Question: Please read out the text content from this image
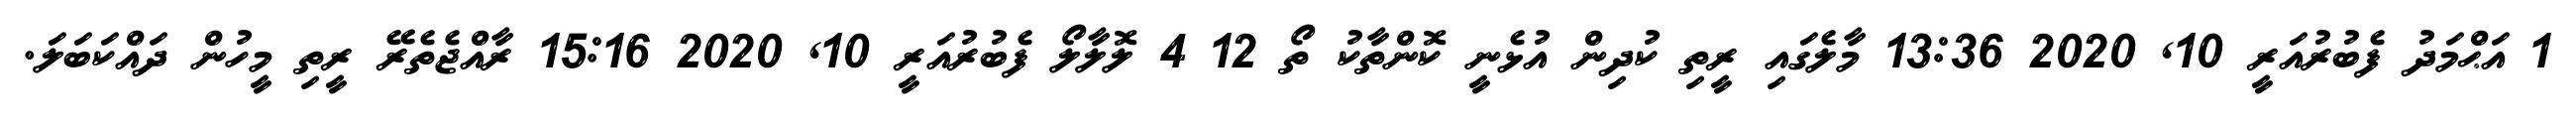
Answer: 1 އަޙްމަދު ފެބުރުއަރީ 10, 2020 13:36 މާލެގައި ރީތި ކުދިން އުޅެނީ ކޮންތާކު ތޯ 12 4 ލޮލާލޯ ފެބުރުއަރީ 10, 2020 15:16 ރާއްޖެތެރޭ ރީތި މީހުން ދައްކަބަލަ.